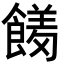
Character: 𮩊